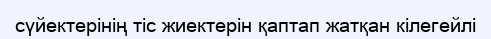
сүйектерінің тіс жиектерін қаптап жатқан кілегейлі